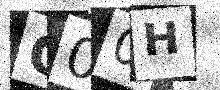
Text: C00H